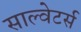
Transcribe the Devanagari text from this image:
साल्वेटर्स